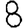
Digit: 8